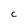
Character: c